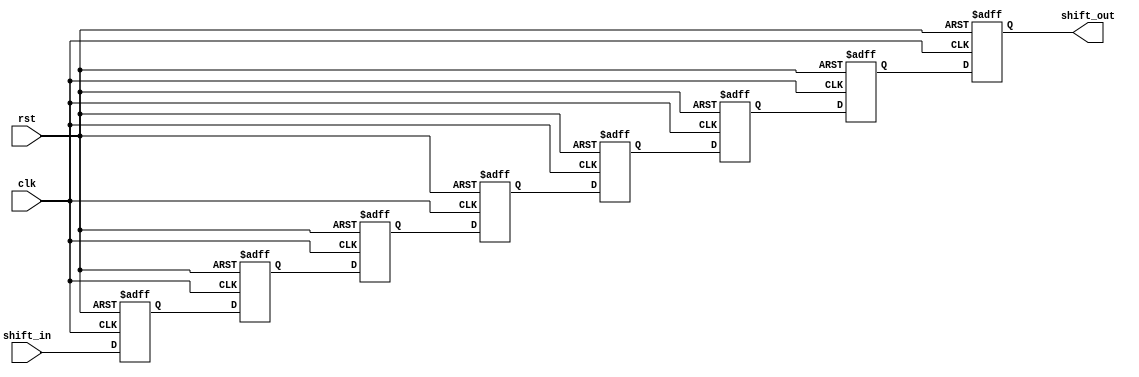
module shift_register (
  input wire clk,    // Clock input
  input wire rst,    // Reset input
  input wire shift_in,  // Data input
  output reg shift_out  // Data output
);

  reg [7:0] data [7:0];  // 8-bit data array
  integer i;  // Integer for loop counter
   
  always @(posedge clk or posedge rst) begin
    if (rst) begin
      // Reset the shift register
      for (i = 0; i < 8; i = i + 1) begin
        data[i] <= 0;
      end
    end else begin
      // Shift data through the register
      for (i = 7; i >= 1; i = i - 1) begin
        data[i] <= data[i-1];
      end
      data[0] <= shift_in;
    end
  end
  
  assign shift_out = data[7]; // Output data from the last flip-flop
  
endmodule